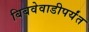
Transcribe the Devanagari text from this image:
बिबवेवाडीपर्यंत